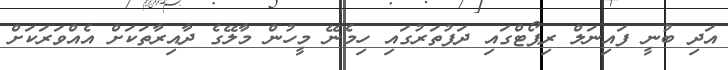
އަދި ބުނީ ފައިނަލް ރިޕޯޓްގައި ދަފުތަރުގައި ހިމެނޭ މީހުން މާލޭގެ ދާއިރާތަކަށް އެއްވަރަކަށް